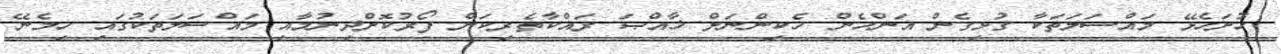
ހުށަހެޅޭ މައްސަލަތަކާ ގުޅިގެން އަންހެން ހެކިންނަށް ޚާއްޞަ ރައްކާތެރިކަން ފޯރުކޮށްދިނުމާއި މައްސަލަތަކުގައި ހިމެނޭ